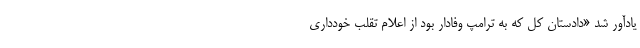
یادآور شد «دادستان کل که به ترامپ وفادار بود از اعلام تقلب خودداری